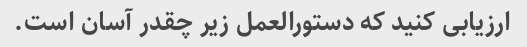
ارزیابی کنید که دستورالعمل زیر چقدر آسان است.